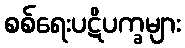
စစ်ရေးပဋိပက္ခများ